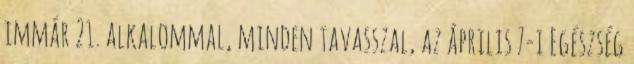
immár 21. alkalommal, minden tavasszal, az április 7-i Egészség